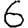
Digit: 6